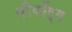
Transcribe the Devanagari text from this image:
वीबॉर्ग